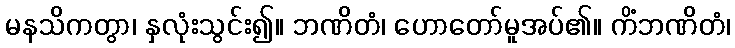
မနသိကတွာ၊ နှလုံးသွင်း၍။ ဘဏိတံ၊ ဟောတော်မူအပ်၏။ ကိံဘဏိတံ၊